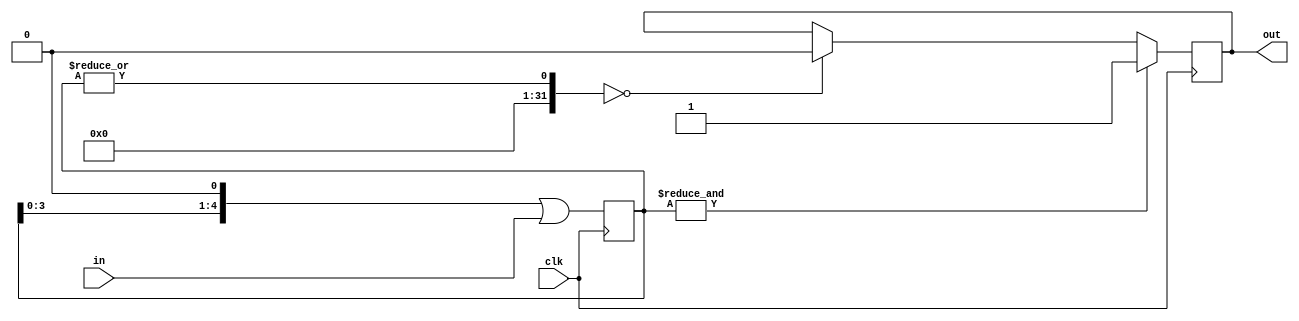
module glitch_filter(in, out, clk);
	parameter filter_cycles = 5;

	input in, clk;
	output reg out;

	reg [filter_cycles - 1 : 0] filter;

	initial begin 
		filter = 0;
		out = 0;
	end 

	always @(posedge clk) begin 
		filter <= (filter << 1) | in;
		if((& filter) == 1) out <= 1;
		else if((| filter) == 0) out <= 0;
	end

	
endmodule